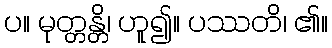
ပ။ မုတ္တန္တိ၊ ဟူ၍။ ပဿတိ၊ ၏။